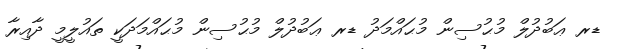
ޑރ ޢަބުދުލް މުޙުސިން މުޙައްމަދު ޑރ ޢަބުދުލް މުޙުސިން މުޙައްމަދަކީ ތައުލީމީ ދާއިރާ